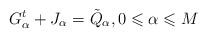
\begin{align*}G^t_{\alpha} + J_{\alpha} = \tilde{Q}_{\alpha}, 0 \leqslant \alpha \leqslant M\end{align*}